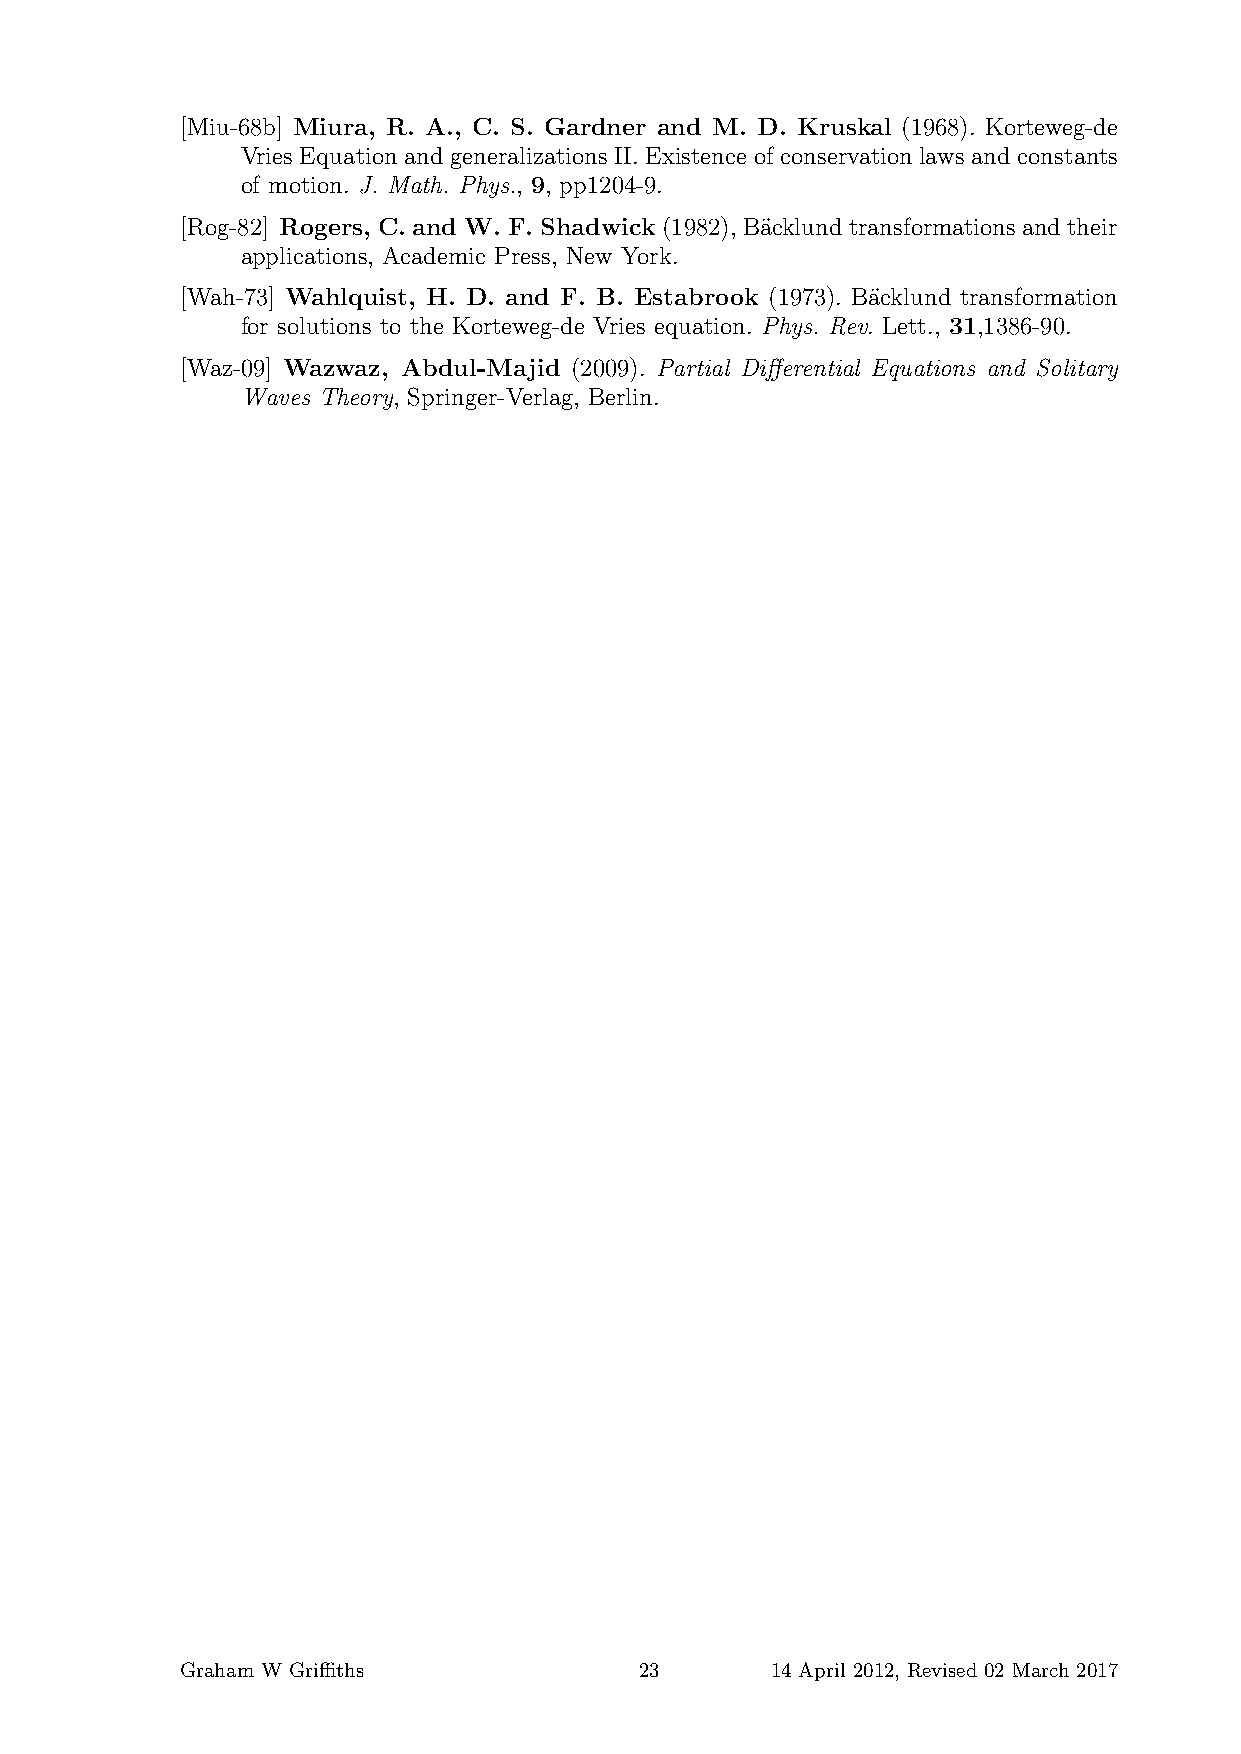
[Miu-68b] Miura, R. A., C. S. Gardner and M. D. Kruskal (1968). Korteweg-de
 Vries Equation and generalizations II. Existence of conservation laws and constants
 of motion. J. Math. Phys., 9, pp1204-9.
 [Rog-82] Rogers, C. and W. F. Shadwick(1982), B¨acklundtransformationsandtheir
 applications, Academic Press, New York.
 [Wah-73] Wahlquist, H. D. and F. B. Estabrook (1973). B¨acklund transformation
 for solutions to the Korteweg-de Vries equation. Phys. Rev. Lett., 31,1386-90.
 [Waz-09] Wazwaz, Abdul-Majid (2009). Partial Differential Equations and Solitary
 Waves Theory, Springer-Verlag, Berlin.
 Graham W Griffiths            23       14 April 2012, Revised 02 March 2017